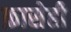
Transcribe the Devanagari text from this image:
फ़ासेही